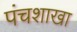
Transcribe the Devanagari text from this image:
पंचशाखा